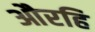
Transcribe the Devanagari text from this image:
औरहि